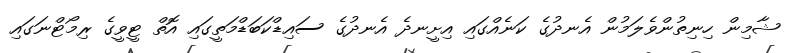
ޝާމިން ހިނިތުންވެލަމުން އެނދުގެ ކަނެއްގައި އިށީނދެ އެނދުގެ ސައިޑްކަބަޑްމަތީގައި އޮތް ޓީވީގެ ރިމޯޓްނަގައި